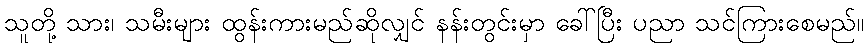
သူတို့ သား၊ သမီးများ ထွန်းကားမည်ဆိုလျှင် နန်းတွင်းမှာ ခေါ်ပြီး ပညာ သင်ကြားစေမည်။